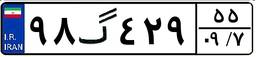
۹۸گ۴۲۹۵۵